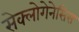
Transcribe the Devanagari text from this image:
सेक्लोगेनेसिस